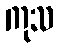
ကုသ